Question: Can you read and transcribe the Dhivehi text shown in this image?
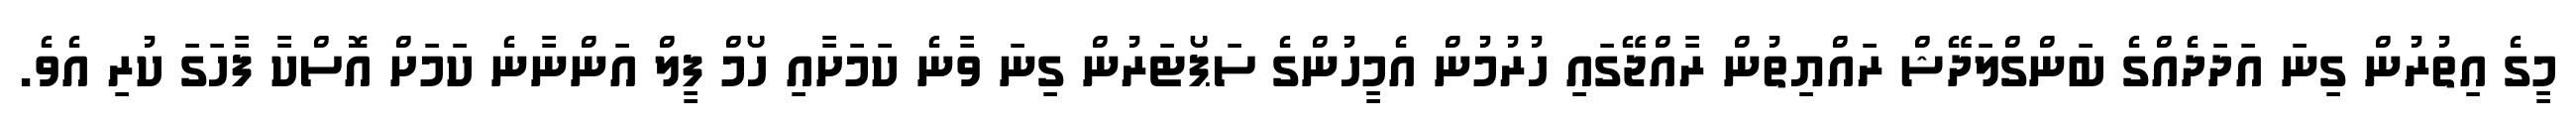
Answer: މީގެ އިތުރުން ގިނަ އަދަދެއްގެ ބަންގްލަދޭޝް ރައްޔިތުން ރާއްޖޭގައި ހުރުމުން އެމީހުންގެ ސަޕޯޓަރުން ގިނަ ވާނެ ކަމަށާއި ހޯމް ފީލް އަންނާނެ ކަމަށް އޮސްކާ ފާހަގަ ކުރި އެވެ.